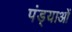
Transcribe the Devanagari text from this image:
पंड्याओं